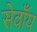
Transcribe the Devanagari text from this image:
सेवाँय